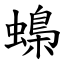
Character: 蟂